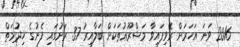
2016 ވަނަ އަހަރަށް ރޭވިފައިވާ މަޝްރޫޢުތަކަށް ބަލާއިރު 37 ރަށުގައި ފެނުގެ ޚިދުމަތް